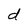
Character: d